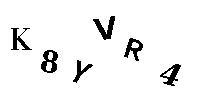
K8YVR4